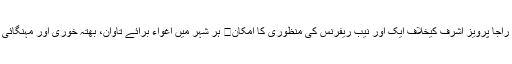
سابق وزیراعظم راجا پرویز اشرف کیخلاف ایک اور نیب ریفرنس کی منظوری کا امکان	 ہر شہر میں اغواء برائے تاوان، بھتہ خوری اور مہنگائی ہے، سراج الحق